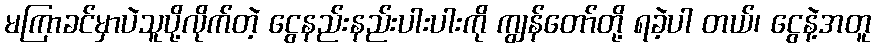
မကြာခင်မှာပဲသူပို့လိုက်တဲ့ ငွေနည်းနည်းပါးပါးကို ကျွန်တော်တို့ ရခဲ့ပါ တယ်၊ ငွေနဲ့အတူ